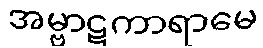
အမ္ဗာဋကာရာမေ